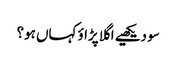
سو دیکھیے اگلا پڑاؤ کہاں ہو؟